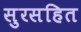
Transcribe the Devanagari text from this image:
सुरसहित